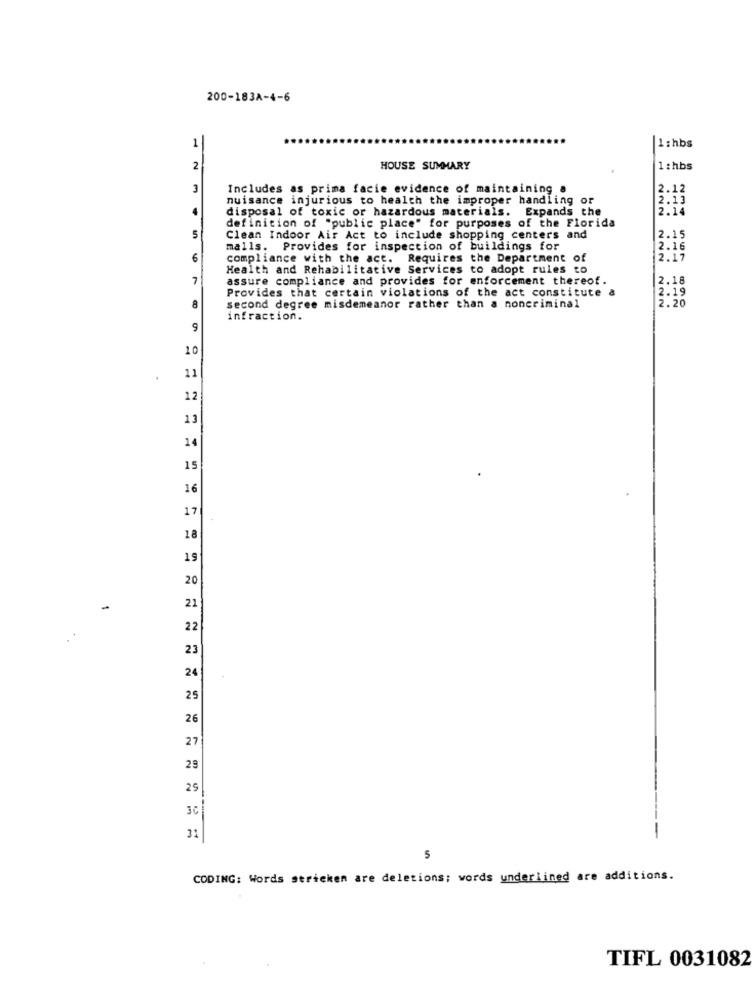
200-183A-4-6
1
1:hbs
2
HOUSE SUMMARY
1:hbs
3
Includes as prima facie evidence of maintaining a
2.12
nuisance injurious to health the improper handling or
2.13
disposal of toxic or hazardous materials. Expands the
2.14
definition of "public place" for purposes of the Florida
5
Clean Indoor Air Act to include shopping centers and
2.15
malls. Provides for inspection of buildings for
2.16
6
compliance with the act. Requires the Department of
2.17
Health and Rehabilitative Services to adopt rules to
7
assure compliance and provides for enforcement thereof.
2.18
Provides that certain violations of the act constitute
2.19
2.20
8
second degree misdemeanor rather than a noncriminal
infraction.
9
10
11
12
13
14
15
16
17
18
19
20
21
22
23
24
25
26
27
29
29
3C
31
-
5
CODING: Words stricken are deletions; words underlined are additions.
TIFL 0031082